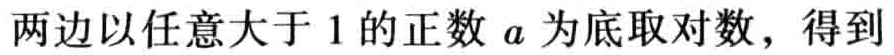
两边以任意大于 \(1\) 的正数 \(a\) 为底取对数，得到